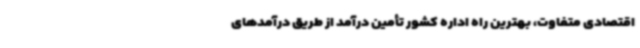
اقتصادی متفاوت، بهترین راه اداره کشور تأمین درآمد از طریق درآمدهای